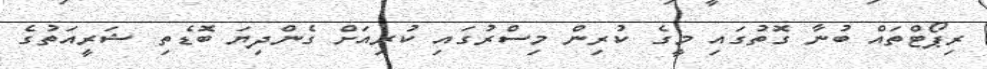
ރިޕޯޓްތައް ބުނާ ގޮތުގައި މީގެ ކުރިން މިސްރުގައި ކުރިއަށް ގެންދިޔަ ބޮޑެތި ޝަރީއަތުގެ